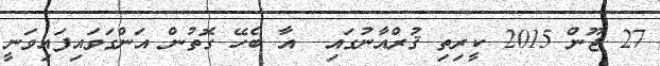
27 ޖޫން 2015 ކީރިތި ޤުރްއާނުގައި  އާ ބެހޭ ގޮތުން އަންގަވައިފައިވަނީ